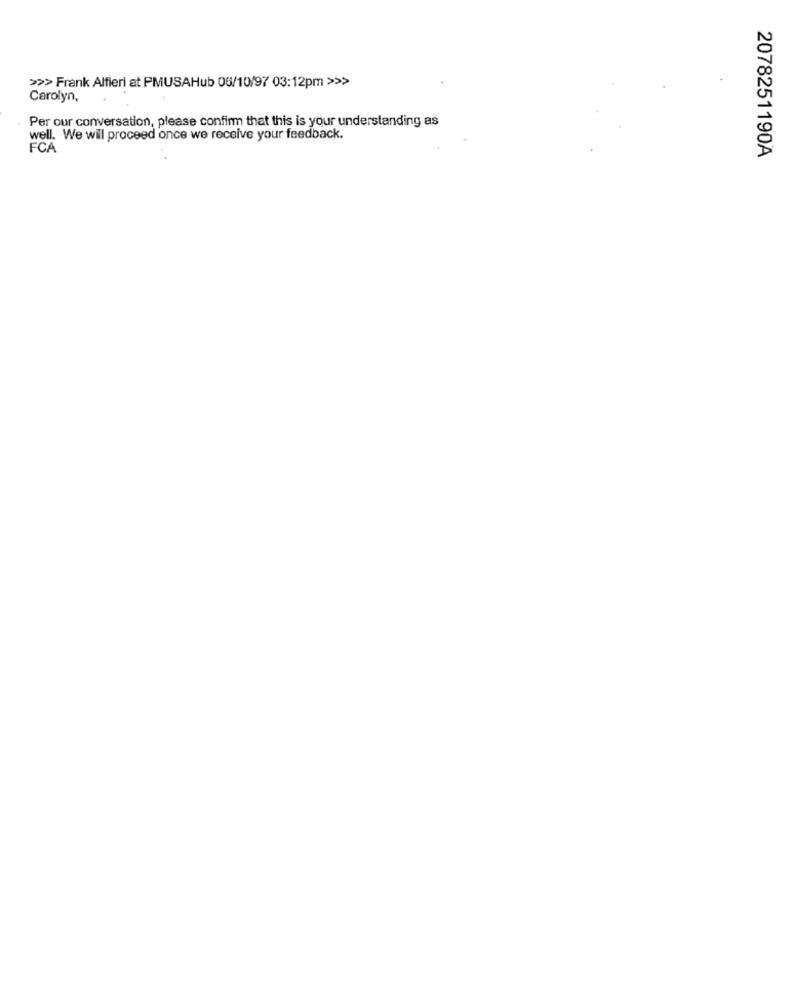
>>> Frank Alfieri at PMUSAHub 06/10/97 03:12pm >>>
Carolyn,
Per our conversation, please confirm that this is your understanding as
well. We will proceed once we receive your feedback.
FCA
2078251190A